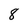
Character: 8